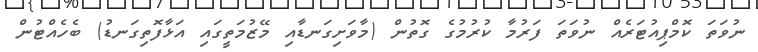
ނުވަތަ ކޮމްޕިއުޓަރެއް ނުވަތަ ފަރުމާ ކުރުމުގެ ގޮތުން (މާވަށިގަނޑާއި މޭޒުމަތީގައި އަޅާފޮތިގަނޑު) ބެހެއްޓުން